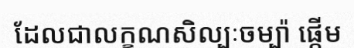
ដែលជាលក្ខណសិល្បៈចម្ប៉ា ផ្តើម